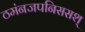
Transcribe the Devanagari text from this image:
ठमंनजपनिससश्